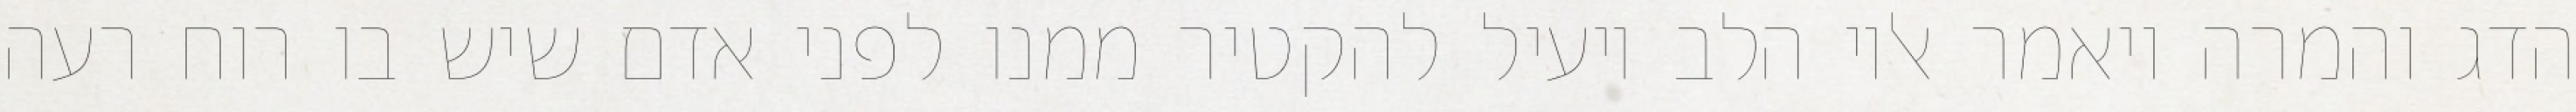
הדג והמרה ויאמר אליו הלב יועיל להקטיר ממנו לפני אדם שיש בו רוח רעה